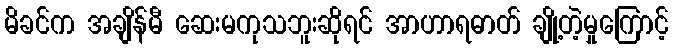
မိခင်က အချိန်မီ ဆေးမကုသဘူးဆိုရင် အာဟာရဓာတ် ချို့တဲ့မှုကြောင့်